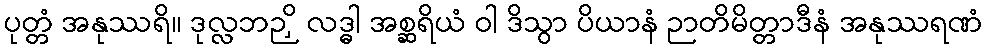
ပုတ္တံ အနုဿရိ။ ဒုလ္လဘဉှိ လဒ္ဓါ အစ္ဆရိယံ ဝါ ဒိသွာ ပိယာနံ ဉာတိမိတ္တာဒီနံ အနုဿရဏံ